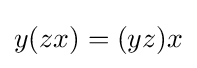
y(zx)=(yz)x